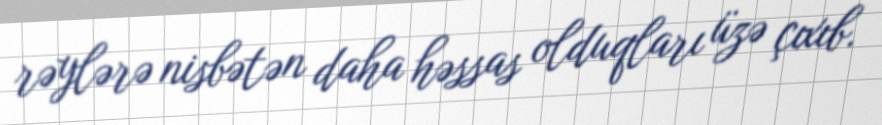
rəylərə nisbətən daha həssas olduqları üzə çıxıb.